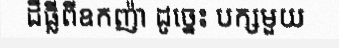
ដីធ្លីពីឧកញ៉ា ដូច្នេះ បក្សមួយ